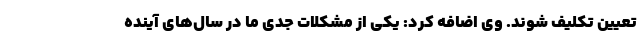
تعیین تکلیف شوند. وی اضافه کرد: یکی از مشکلات جدی ما در سال‌های آینده